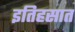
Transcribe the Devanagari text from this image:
इतिहसात